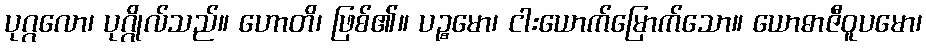
ပုဂ္ဂလော၊ ပုဂ္ဂိုလ်သည်။ ဟောတိ၊ ဖြစ်၏။ ပဉ္စမော၊ ငါးယောက်မြောက်သော။ ယောဓာဇီဝူပမော၊